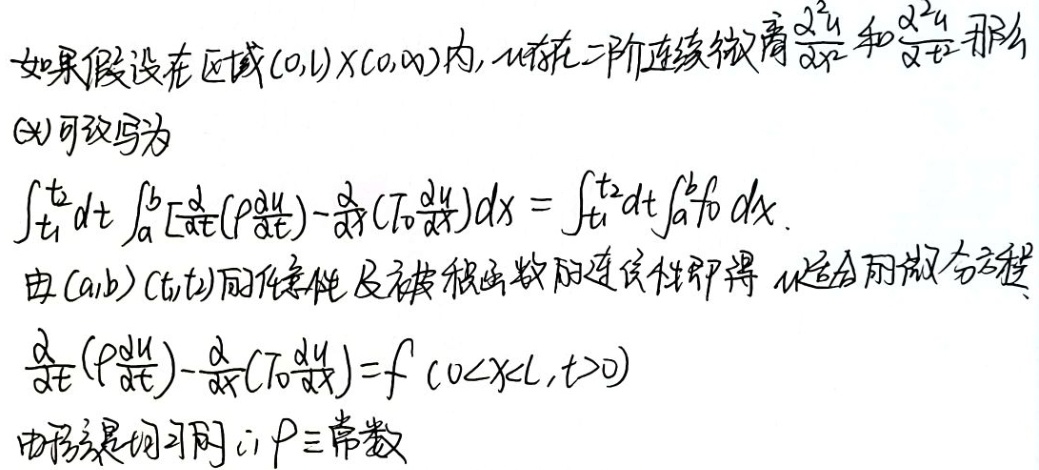
如果假设在区域 \((0,L)\times(0,\infty)\) 内，\(u\) 存在二阶连续微商 \(\frac{\partial^{2}u}{\partial x^{2}}\) 和 \(\frac{\partial^{2}u}{\partial t^{2}}\)，那么(\(*\)) 可改写为
\[\int_{t_{1}}^{t_{2}}dt\int_{a}^{b}[\frac{\partial}{\partial t}(\rho\frac{\partial u}{\partial t})-\frac{\partial}{\partial x}(T_{0}\frac{\partial u}{\partial x})]dx=\int_{t_{1}}^{t_{2}}dt\int_{a}^{b}f_{0}dx\]
由 \((a,b)\)，\((t_{1},t_{2})\) 的任意性及被积函数的连续性即得 \(u\) 适合的微分方程
\[\frac{\partial}{\partial t}(\rho\frac{\partial u}{\partial t})-\frac{\partial}{\partial x}(T_{0}\frac{\partial u}{\partial x})=f\ (0 < x < L,t>0)\]
由所设是均匀的，\(\rho\equiv\) 常数。